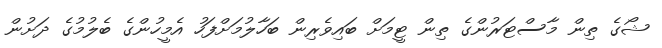
ޝޯގެ ތިން މާސްޓަރުންގެ ތިން ޓީމަށް ބައިވެރިން ބަހާލުމަށްފަހު އެމީހުންގެ ބެލުމުގެ ދަށުން